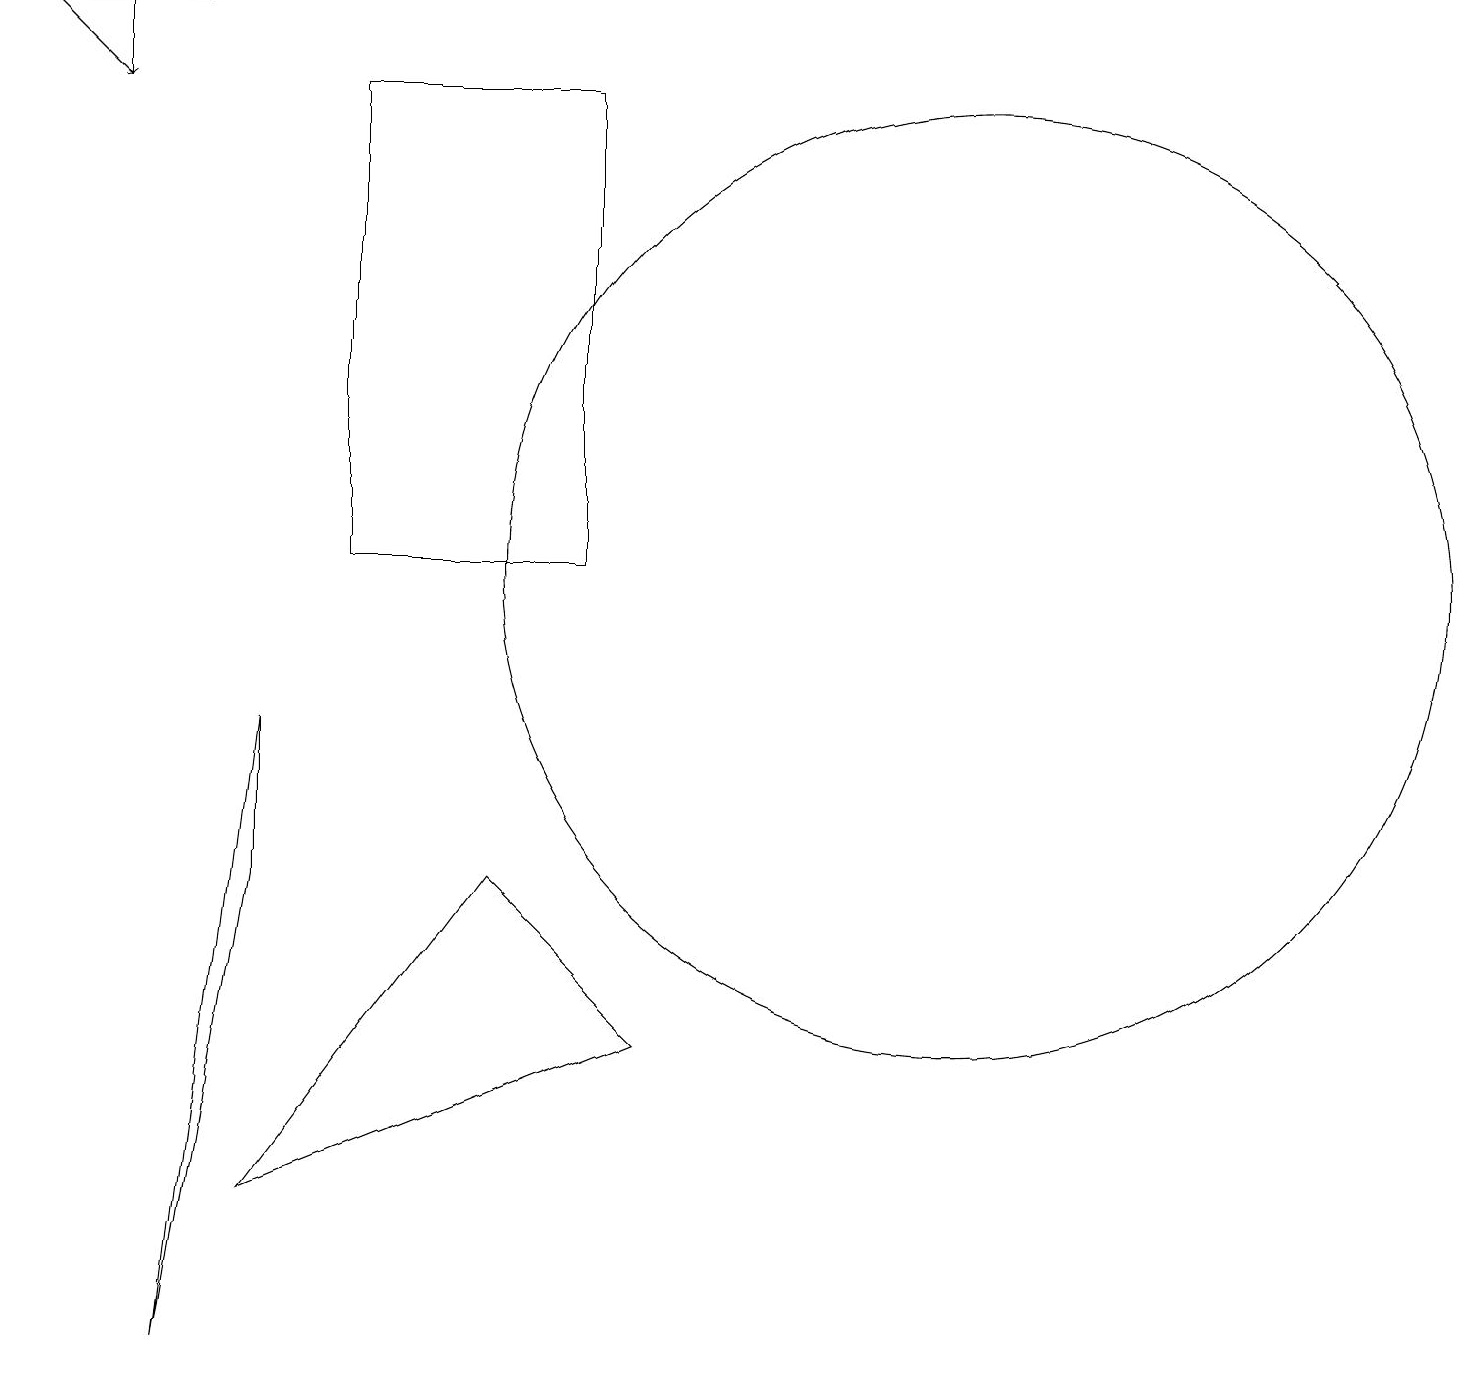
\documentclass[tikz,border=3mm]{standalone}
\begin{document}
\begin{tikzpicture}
\draw (4,10) rectangle (7,16);
\draw (12,10) circle (6);
\draw (3,6) -- (2,0) -- (3,8) -- cycle;
\draw (2,17) rectangle (0,17);
\draw (6,6) -- (8,4) -- (3,2) -- cycle;
\draw[->] (1,17) -- (1,16);
\draw[->] (0,17) -- (1,16);
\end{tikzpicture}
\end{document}